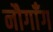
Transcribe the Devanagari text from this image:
नौगाँग